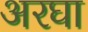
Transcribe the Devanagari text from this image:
अरघा